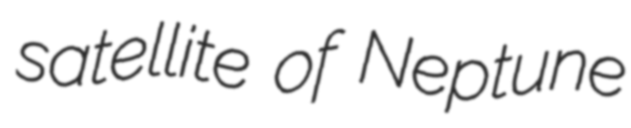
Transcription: satellite of Neptune